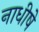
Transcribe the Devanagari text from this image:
नाधीषे